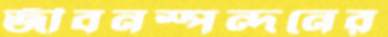
জীবনস্পন্দনের